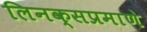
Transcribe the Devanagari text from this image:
लिनक्सप्रमाणे